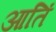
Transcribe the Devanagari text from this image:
आतिं